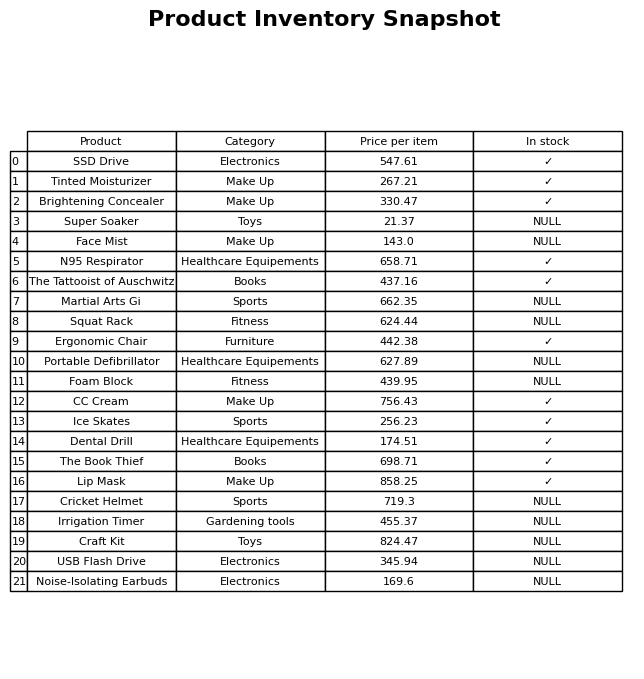
question: What is the price for Craft Kit?
answer: The price of Craft Kit is 824.47.